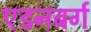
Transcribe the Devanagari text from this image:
एडनबर्ग